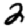
Digit: 2